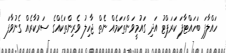
ހައްލާފަ ބަހައްޓާފަ ކަރަޕްޓު އަދި ގައުމީވަންތަކަމެއް ނެތް ޖާހިލު ވެރިންތަކެއްގެ ސަރުކާރެއް ގެނުވާފަ